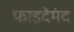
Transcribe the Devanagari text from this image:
फाइदेमंद